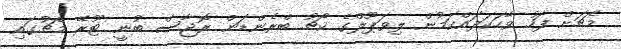
މެޗަށް ފަހު ވާހަކަދައްކަމުން ލިވަޕޫލްގެ ކޯޗު ބްރެންޑަން ރޮޖާސް ބުނީ ޓޫރޭ މެޗުގައި